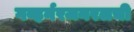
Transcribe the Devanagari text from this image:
गव्हर्नरजनरलची